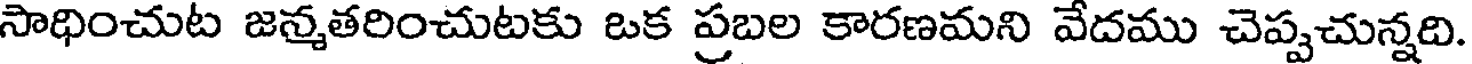
సాధించుట జన్మతరించుటకు ఒక ప్రబల కారణమని వేదము చెప్పచున్నది